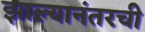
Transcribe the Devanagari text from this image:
झाल्यानंतरची